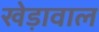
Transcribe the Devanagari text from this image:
खेड़ावाल